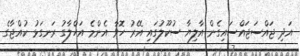
އަދި ޖައްސަޖައްސައިގެން އާލިޔާ ސުކޫލުގައި އޭރު ހޮވާ އެންމެ އަހްލާގު ރަނގަޅު ކުއްޖާގެ